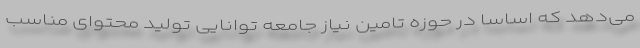
می‌دهد که اساساً در حوزه تامین نیاز جامعه توانایی تولید محتوای مناسب